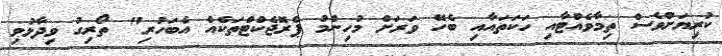
ކުރިޔަށްވެސް ތިމާވެއްޓާއި ހަކަތައާއި ބެހޭ ވަރަށް މުހިންމު ޕްރޮޖެކްޓްތަކެއް އެބަހުރި" ތޯރިގު ވިދާޅުވި